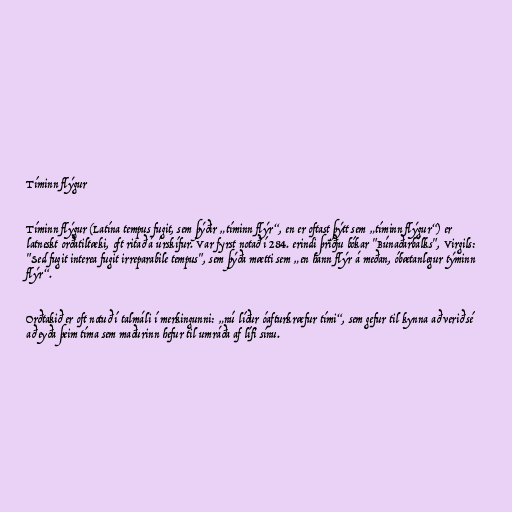
Tíminn flýgur

Tíminn flýgur (Latína tempus fugit, sem þýðir „tíminn flýr“, en er oftast þýtt sem „tíminn flýgur“) er
latneskt orðatiltæki, oft ritað á úrskífur. Var fyrst notað í 284. erindi þriðju bókar "Búnaðarbálks", Virgils:
"Sed fugit interea fugit irreparabile tempus", sem þýða mætti sem „en hann flýr á meðan, óbætanlegur týminn
flýr“.

Orðtakið er oft notuð í talmáli í merkingunni: „nú líður óafturkræfur tími“, sem gefur til kynna að verið sé
að eyða þeim tíma sem maðurinn hefur til umráða af lífi sínu.